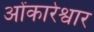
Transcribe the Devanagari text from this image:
ओंकारेश्वार